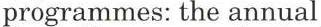
programmes: the annual